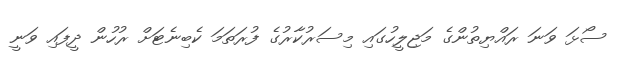
ސޯޅަ ވަނަ ރައްޔިތުންގެ މަޖިލީހުގައި މިސަރުކާރުގެ ފުރަތަމަ ކެބިނެޓަށް ރުހުން ދީފައި ވަނީ